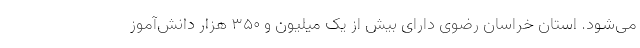
می‌شود. استان خراسان رضوی دارای بیش از یک میلیون و ۳۵۰ هزار دانش‌آموز